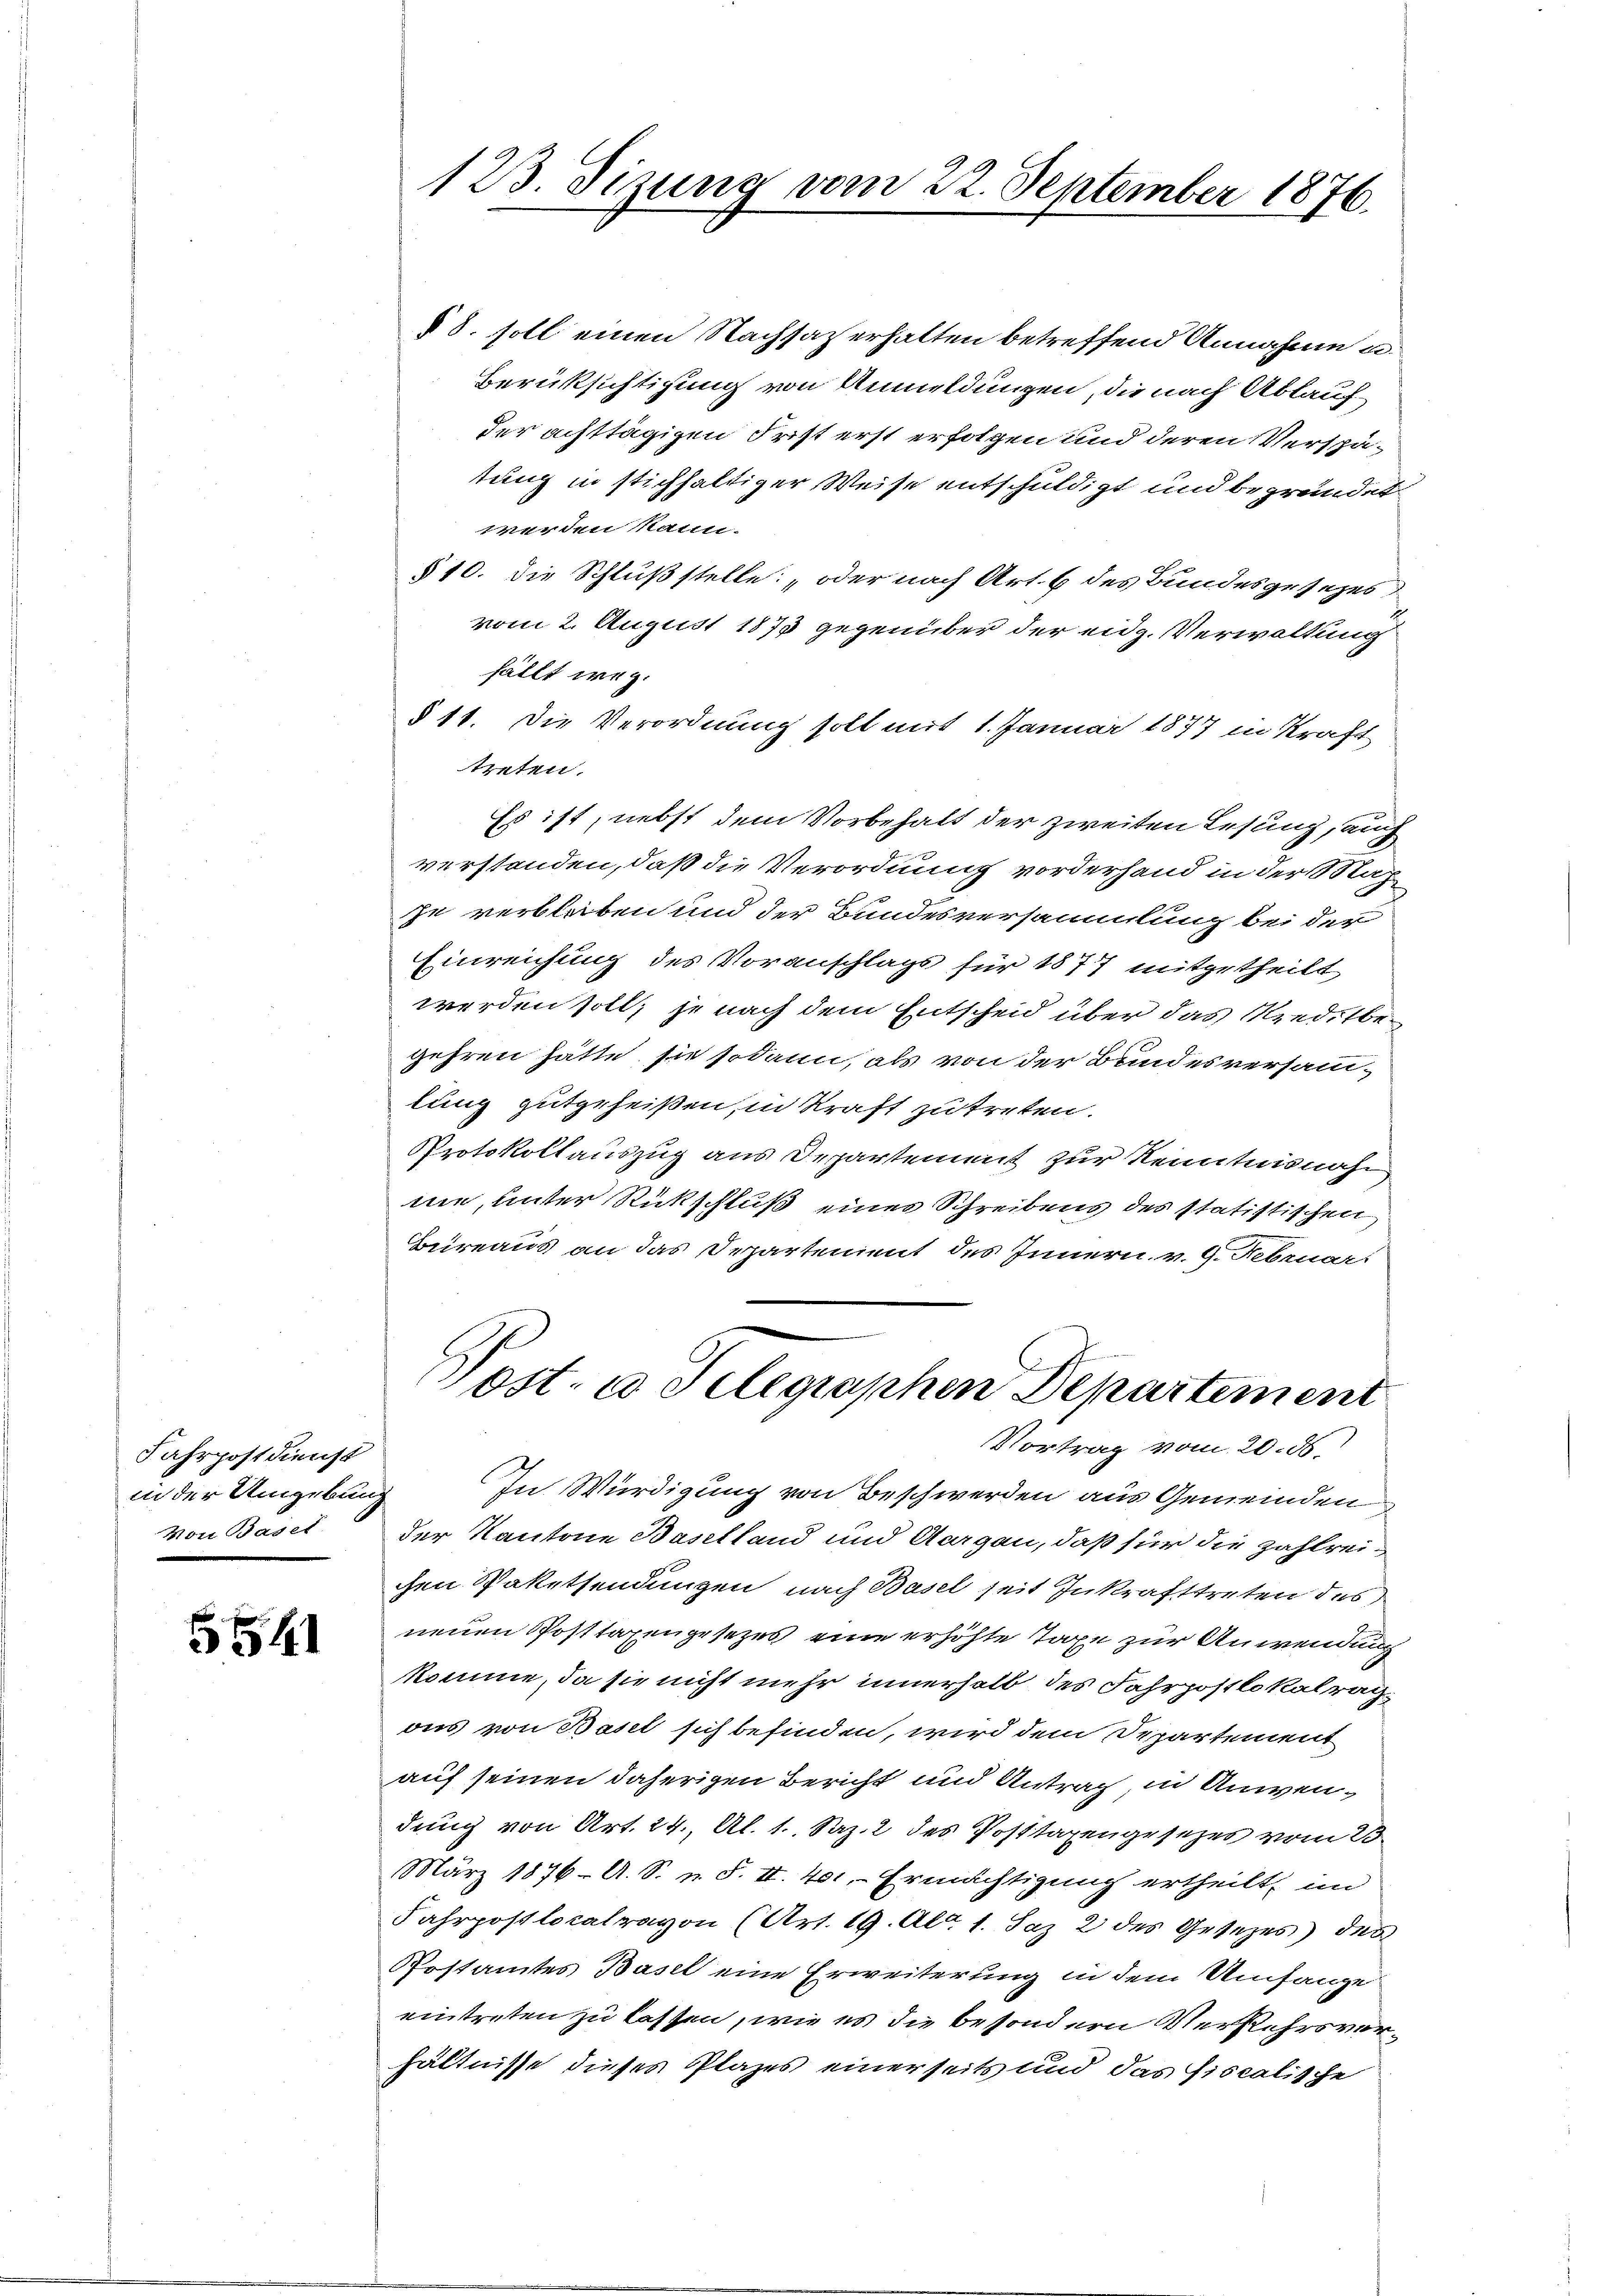
Fahrpostdienst
in der Umgebung
Von Basel

55

88. soll einen Nachsaz erhalten betreffend Annahme u.
Berüksichtigung von Anmeldungen, die nach Ablaufder achttägigen Frist erst erfolgen und deren Verspätung in stichhaltiger Weise entschuldigt und begründet.
werden kann.
§10. die Schlußstelle: „oder nach Art. 6 des Bundesgesezes
vom 2. August 1875 gegenüber der eidg. Verwaltung
fällt weg.
§ 11. Die Verordnung soll mit 1. Januar 1877 in Kraft
treten.
Es ist, nebst dem Vorbehalt der zweiten Lesung, auch
verstanden, daß die Verordnung vorderhand in der Nahze verbleiben und der Bundesversammlung bei der
Einreichung des Voranschlags für 1877 mitgetheilt,
werden soll, je nach dem Entscheid über das Kreditbegehren hätte, sie sodann, als von der Bundesversamlung gutgeheißen, in Kraft zutreten.
Protokollauszug aus Departement zur Kenntnisnah
me, unter Rückschluß eines Schreibens des statistischen
Bureaus an das Departement des Innern v. 9. Februar:
ost. u. Selegraphen Departement
Vortrag vom 20. ds.
In Würdigung von Beschwerden aus Gemeinden
der Kantone Baselland und Aargau, daß für die Zahlreichen Paketsendungen nach Basel seit Inkrafttreten des
neuen Posttaxengesetzes eine erhöhte Taxe zur Anwendung
komme, da sie nicht mehr innerhalb des Fahrpostlokalragons von Basel sich befinden, wird dem Departement
auf seinen daherigen Bericht und Antrag, in Anwendung von Art. 24., Al. 1. Saz. 2 des Posttaxengesetzes vom 23.
März 1876. A. S. u. S. II. 401, Ermächtigung ertheilt, im
Fahrpostlokalravon (Art. 19. Al. 1. Saz 2 des Gesezes des
Postamtes Basel eine Erweiterung in dem Umfange
eintreten zu lassen, wie es die besondern Verkehrsverhältnisse dieses Plazes einerseits und das fiscalische

123. Sizung vom 22. September 1876.